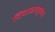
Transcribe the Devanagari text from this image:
विचारामुळेच